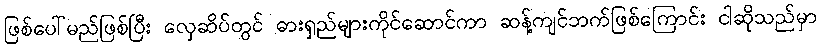
ဖြစ်ပေါ်မည်ဖြစ်ပြီး လှေဆိပ်တွင် ဓားရှည်များကိုင်ဆောင်ကာ ဆန့်ကျင်ဘက်ဖြစ်ကြောင်း ငါဆိုသည်မှာ